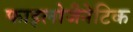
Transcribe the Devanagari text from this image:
फाइलोजैनेटिक